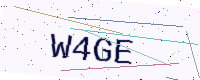
Text: W4GE